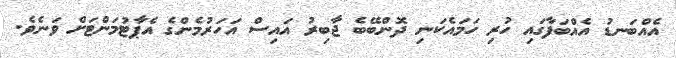
އެއްބަނޑު އެއްބަފާގައި ހުރި ހަމައެކަނި ދޮންބޭބެ ޖާބިރު އައިސް އަހަރުމެންގެ އެޕާޓުމަންޓަށް ވަނެވެ.